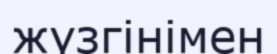
жүзгінімен